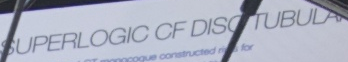
SUPERLOGIC OF DIS TUBULA